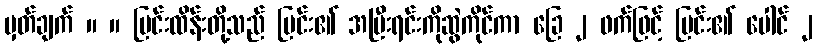
မှတ်ချက် ။ ။ မြင်းထိန်းတို့သည် မြင်း၏ အမြီးရင်းကိုဆွဲကိုင်ကာ ခြေ ၂ ဖက်ဖြင့် မြင်း၏ ပေါင် ၂